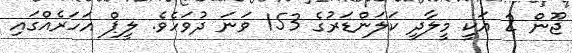
ޖޫން 2 އަކީ މީލާދީ ކަލަންޑަރުގެ 153 ވަނަ ދުވަހެވެ. ލީޕް އަހަރެއްގައި